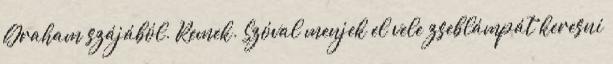
Graham szájából. Remek. Szóval menjek el vele zseblámpát keresni